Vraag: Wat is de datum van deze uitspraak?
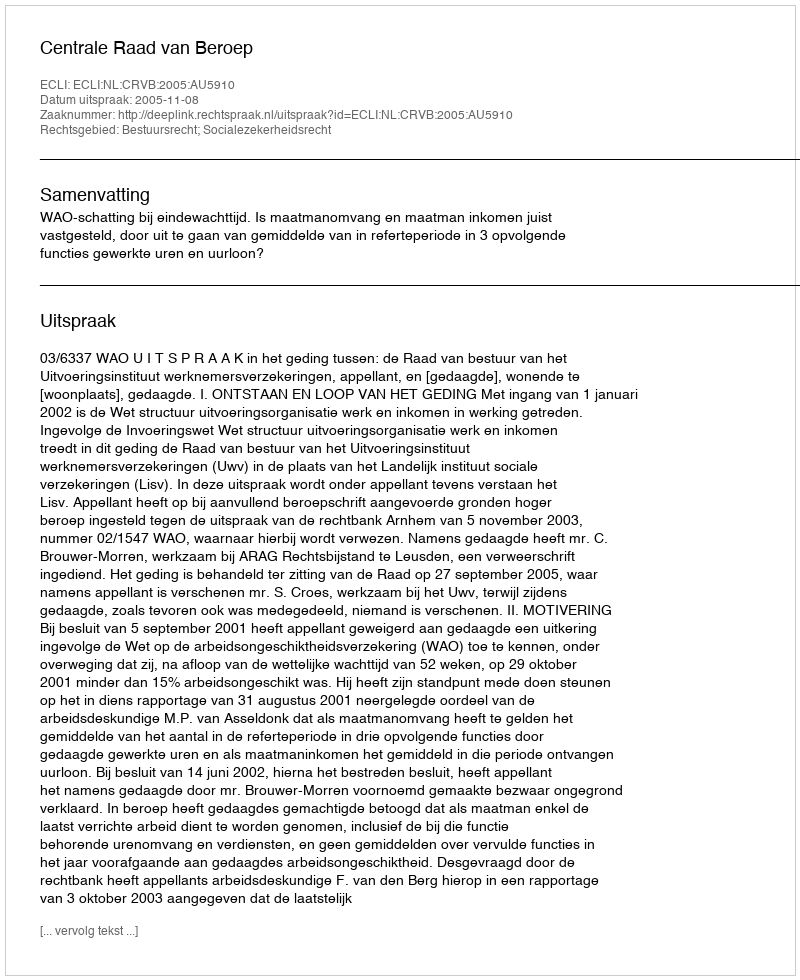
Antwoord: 2005-11-08